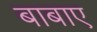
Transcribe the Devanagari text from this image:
बाबाए